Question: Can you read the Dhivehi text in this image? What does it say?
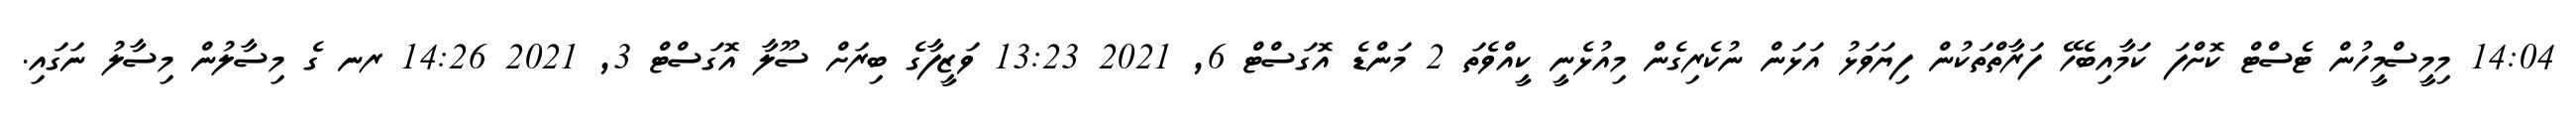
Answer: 14:04 މިމީސްމީހުން ޓެސްޓް ކޮށްފަ ކަމާއިބެހޭ ފަރާތްތަކުން ފިޔަވަޅު އަޅަން ނުކެރިގެން މިއުޅެނީ ކީއްވެތަ 2 މަންޑެ އޮގަސްޓް 6, 2021 13:23 ވަޒީފާގެ ބިރަށް ސޫލާ އޮގަސްޓް 3, 2021 14:26 ރނ ގެ މިސާލުން މިސާލު ނަގައި.